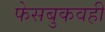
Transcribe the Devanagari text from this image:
फेसबुकवही